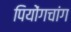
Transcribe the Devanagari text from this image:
पियोंगचांग